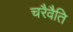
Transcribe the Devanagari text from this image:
चरैवैति